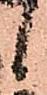
候